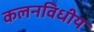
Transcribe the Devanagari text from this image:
कलनविधीय